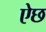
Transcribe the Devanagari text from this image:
ऐछ